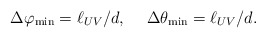
\begin{align*}\Delta\varphi_{\rm min} = \ell_{UV}/d, \hspace{.2in} \Delta\theta_{\rm min} = \ell_{UV}/d.\end{align*}